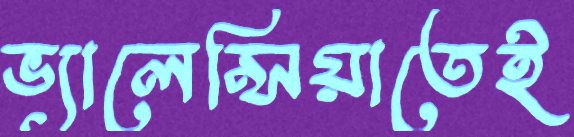
ভ্যালেন্সিয়াতেই